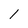
Character: l